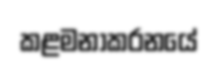
කළමනාකරනයේ